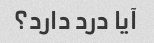
آیا درد دارد؟